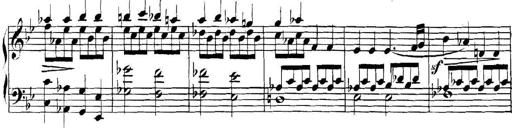
Title: Collected Piano Sonatas
Composer: Muzio Clementi